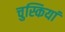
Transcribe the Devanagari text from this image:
चुस्कियां